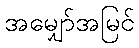
အမျှော်အမြင်